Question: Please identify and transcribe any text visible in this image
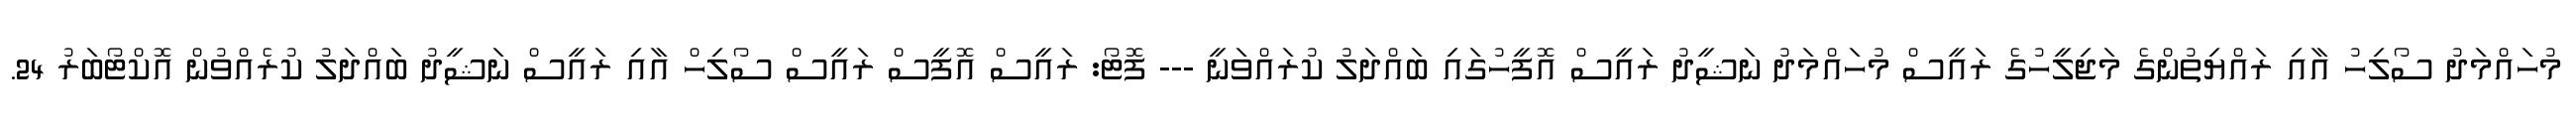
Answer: މުހައްމަދު ސޯލިހު އާއި ރައްޔިތުންގެ މަޖިލީހުގެ ރައީސް މުހައްމަދު ނަޝީދު ރައީސް އޮފީހުގައި ބައްދަލު ކުރައްވަނީ --- ފޮޓޯ: ރައީސް އޮފީސް ރައީސް ސޯލިހް އާއި ރައީސް ނަޝީދު ބައްދަލު ކުރެއްވުން އޮކްޓޯބަރު 24.